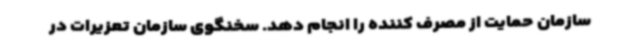
سازمان حمایت از مصرف کننده را انجام دهد. سخنگوی سازمان تعزیرات در